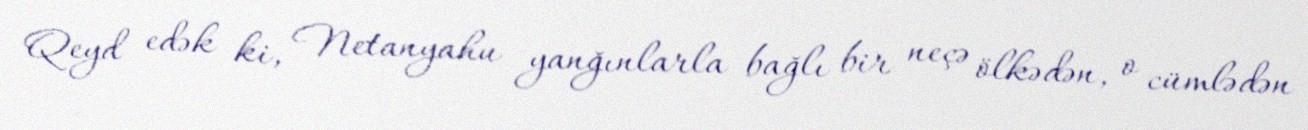
Qeyd edək ki, Netanyahu yanğınlarla bağlı bir neçə ölkədən, o cümlədən